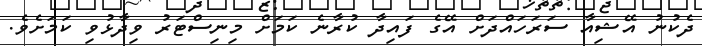
ދެކުނު އޭޝިއާ ސަރަހައްދަށް އޭގެ ފައިދާ ކުރާނެ ކަމަށް މިނިސްޓަރު ވިދާޅުވި ކަމަށެވެ.